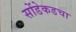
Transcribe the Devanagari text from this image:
सोंडेकडचा